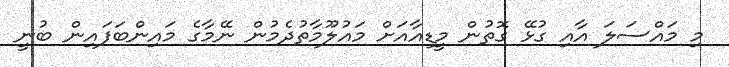
މި މައްސަލަ އާއި ގުޅޭ ގޮތުން މީޑިއާއަށް މައުލޫމާތުދެމުން ނޭމާގެ މައިންބަފައިން ބުނީ